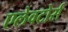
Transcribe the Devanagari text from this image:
एलेवटोर्स